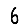
Digit: 6